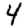
Digit: 4